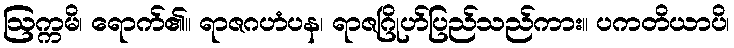
ဩက္ကမိ၊ ရောက်၏။ ရာဇဂဟံပန၊ ရာဇဂြိုဟ်ပြည်သည်ကား။ ပကတိယာပိ၊